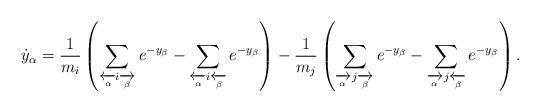
LaTeX: \begin{align*}\dot{y}_\alpha=\frac{1}{m_i}\left(\sum_{\xleftarrow[\alpha]{}i\xrightarrow[\beta]{}}e^{-y_\beta}-\sum_{\xleftarrow[\alpha]{}i\xleftarrow[\beta]{}}e^{-y_\beta}\right)-\frac{1}{m_j}\left(\sum_{\xrightarrow[\alpha]{}j\xrightarrow[\beta]{}}e^{-y_\beta}-\sum_{\xrightarrow[\alpha]{}j\xleftarrow[\beta]{}}e^{-y_\beta}\right).\end{align*}